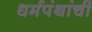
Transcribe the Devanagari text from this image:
धर्मपंथांचीं